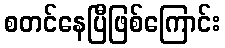
စတင်နေပြီဖြစ်ကြောင်း